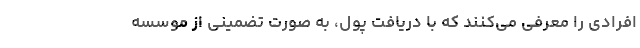
افرادی را معرفی می‌کنند که با دریافت پول، به صورت تضمینی از موسسه